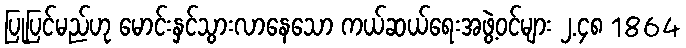
ပြုပြင်မည်ဟု မောင်းနှင်သွားလာနေသော ကယ်ဆယ်ရေးအဖွဲ့ဝင်များ ၂.၄၈ 1864